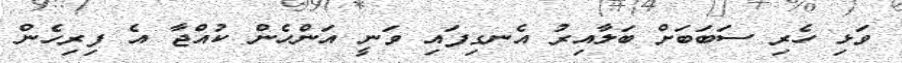
ވަޅި ހެރި ސަބަބަށް ބަލާއިރު އެނގިފައި ވަނީ އަންހެން ކުއްޖާ އެ ފިރިހެން